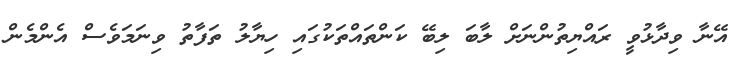
އޭނާ ވިދާޅުވީ ރައްޔިތުންނަށް ލާބަ ލިބޭ ކަންތައްތަކުގައި ހިޔާލު ތަފާތު ވިނަމަވެސް އެންމެން